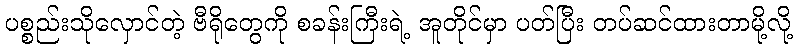
ပစ္စည်းသိုလှောင်တဲ့ ဗီရိုတွေကို စခန်းကြီးရဲ့ အူတိုင်မှာ ပတ်ပြီး တပ်ဆင်ထားတာမို့လို့